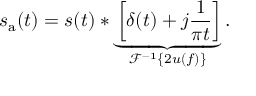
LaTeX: s _ { \mathrm { a } } ( t ) = s ( t ) * \underbrace { \left[ \delta ( t ) + j { \frac { 1 } { \pi t } } \right] } _ { { \mathcal { F } } ^ { - 1 } \{ 2 u ( f ) \} } .